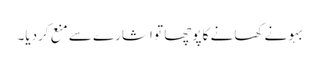
بہو نے کھانے کا پوچھا تو اشارے سے منع کردیا۔